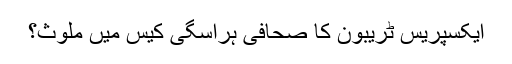
ایکسپریس ٹریبون کا صحافی ہراسگی کیس میں ملوث؟